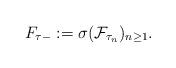
LaTeX: \begin{align*} F_{\tau-} := \sigma (\mathcal F_{\tau_n})_{n\geq 1}.\end{align*}